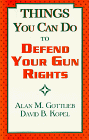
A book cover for Things You Can Do to Defend Your Gun Rights; Alan Gottlieb; Law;